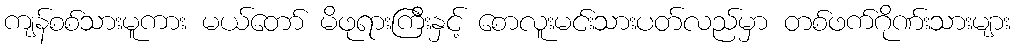
ကျန်စစ်သားမူကား မယ်တော် မိဖုရားကြီးနှင့် စောလူးမင်းသားပတ်လည်မှာ တစ်ဖက်ဂိုဏ်းသားများ